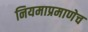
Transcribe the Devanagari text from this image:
नियमाप्रमाणेच